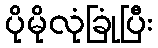
ပိုမိုလုံခြုံပြီး